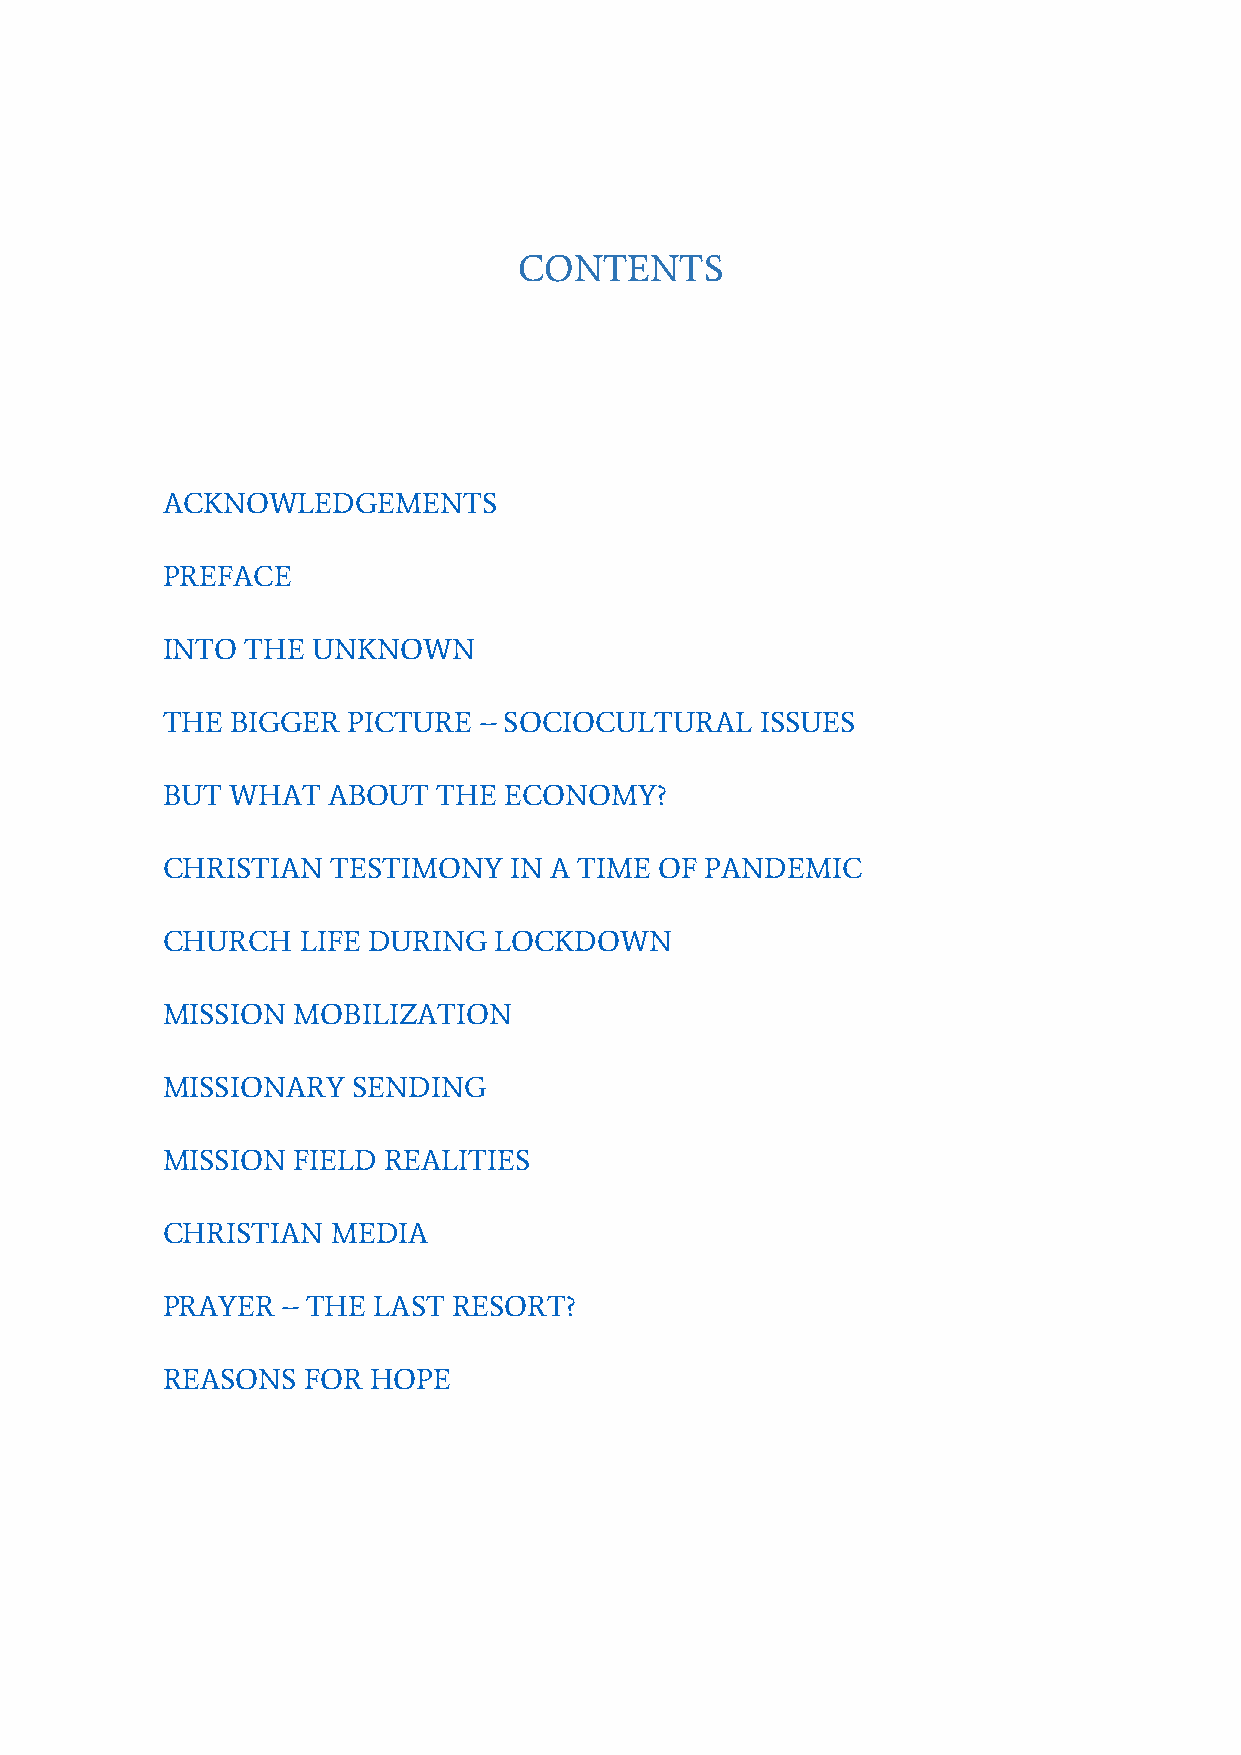
CONTENTS
 ACKNOWLEDGEMENTS
 PREFACE
 INTO THE  UNKNOWN
 THE BIGGER  PICTURE  – SOCIOCULTURAL   ISSUES
 BUT WHAT   ABOUT  THE ECONOMY?
 CHRISTIAN  TESTIMONY   IN A TIME OF PANDEMIC
 CHURCH   LIFE DURING  LOCKDOWN
 MISSION MOBILIZATION
 MISSIONARY  SENDING
 MISSION FIELD REALITIES
 CHRISTIAN  MEDIA
 PRAYER  – THE LAST RESORT?
 REASONS  FOR  HOPE